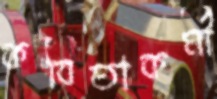
কবিতাকর্মী